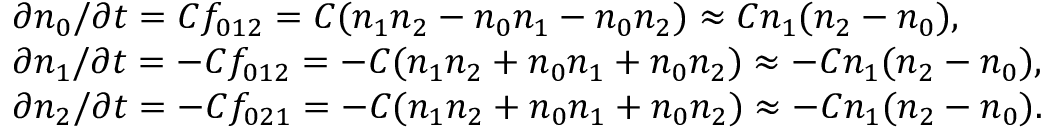
\begin{array} { r l } & { \partial n _ { 0 } / \partial t = C f _ { 0 1 2 } = C ( n _ { 1 } n _ { 2 } - n _ { 0 } n _ { 1 } - n _ { 0 } n _ { 2 } ) \approx C n _ { 1 } ( n _ { 2 } - n _ { 0 } ) , } \\ & { \partial n _ { 1 } / \partial t = - C f _ { 0 1 2 } = - C ( n _ { 1 } n _ { 2 } + n _ { 0 } n _ { 1 } + n _ { 0 } n _ { 2 } ) \approx - C n _ { 1 } ( n _ { 2 } - n _ { 0 } ) , } \\ & { \partial n _ { 2 } / \partial t = - C f _ { 0 2 1 } = - C ( n _ { 1 } n _ { 2 } + n _ { 0 } n _ { 1 } + n _ { 0 } n _ { 2 } ) \approx - C n _ { 1 } ( n _ { 2 } - n _ { 0 } ) . } \end{array}